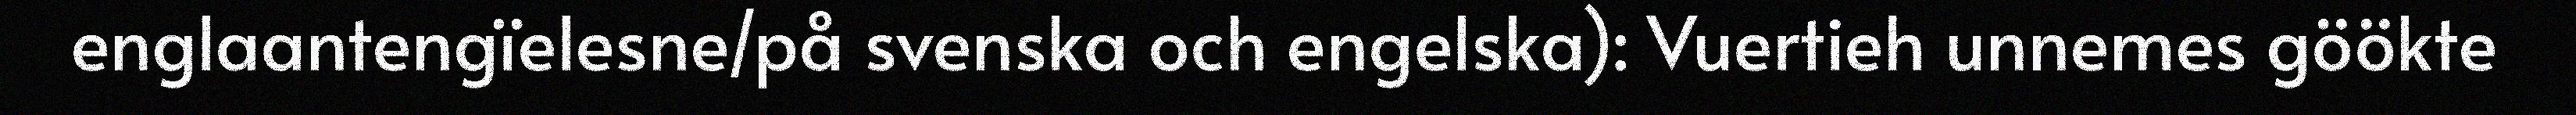
englaantengïelesne/på svenska och engelska): Vuertieh unnemes göökte